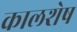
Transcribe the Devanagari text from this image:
कालशेष